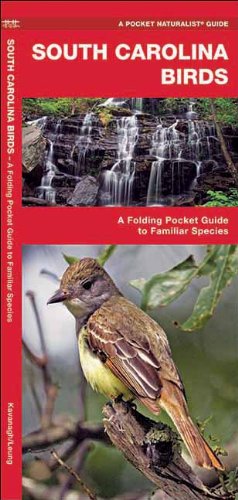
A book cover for South Carolina Birds: A Folding Pocket Guide to Familiar Species (Pocket Naturalist Guide Series); James Kavanagh; Travel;